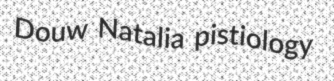
Douw Natalia pistiology